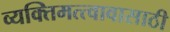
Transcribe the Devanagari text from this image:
व्यक्तिमत्त्वावासाठी